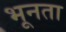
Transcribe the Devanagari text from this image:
भूनता